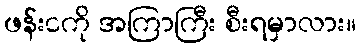
ဖန်းငကို အကြာကြီး စီးရမှာလား။